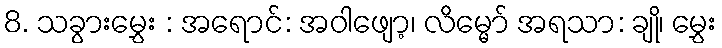
8. သခွားမွှေး : အရောင်: အဝါဖျော့၊ လိမ္မော် အရသာ: ချို၊ မွှေး